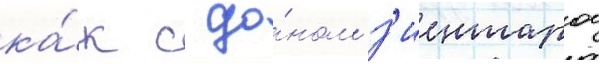
ка́к с до́ном з'иентарои